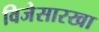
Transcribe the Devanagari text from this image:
विजेसारखा